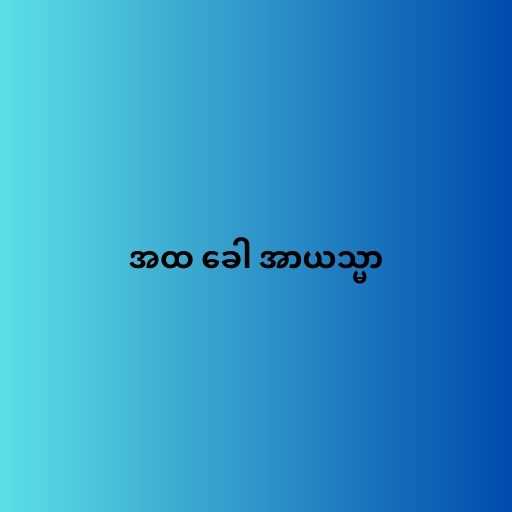
အထ ခေါ အာယသ္မာ